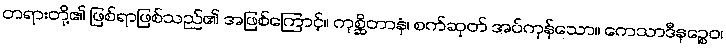
တရားတို့၏ ဖြစ်ရာဖြစ်သည်၏ အဖြစ်ကြောင့်။ ကုစ္ဆိတာနံ၊ စက်ဆုတ် အပ်ကုန်သော။ ကေသာဒီနဉ္စေဝ၊